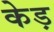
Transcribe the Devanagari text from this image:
केड़